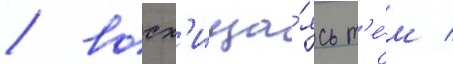
/ восх'ища́ясь т'е́м /